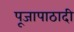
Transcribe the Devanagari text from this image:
पूजापाठादी